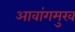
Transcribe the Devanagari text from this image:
आवांगमुख